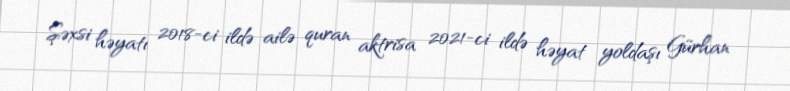
Şəxsi həyatı 2018-ci ildə ailə quran aktrisa 2021-ci ildə həyat yoldaşı Gürhan